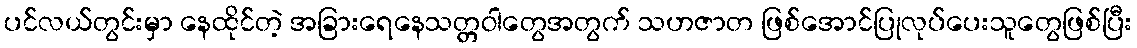
ပင်လယ်တွင်းမှာ နေထိုင်တဲ့ အခြားရေနေသတ္တဝါတွေအတွက် သဟဇာတ ဖြစ်အောင်ပြုလုပ်ပေးသူတွေဖြစ်ပြီး